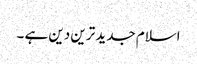
اسلام جدید ترین دین ہے ۔